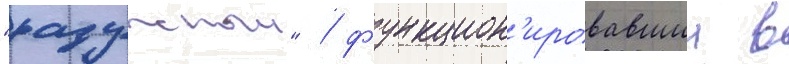
"радужныи" / функцион'ировавшии в